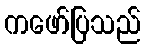
ကဖော်ပြသည်